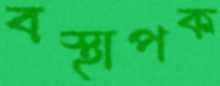
বস্থাপক